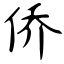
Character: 侨